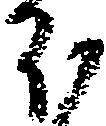
ほ